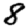
Digit: 8